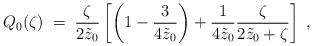
\begin{align*}Q_0(\zeta)\;=\; {\zeta\over 2\tilde{z}_0}\left[ \left(1-{3\over 4\tilde{z}_0}\right)+{1\over 4\tilde{z}_0}{\zeta\over 2\tilde{z}_0+\zeta}\right]\;,\end{align*}